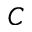
C